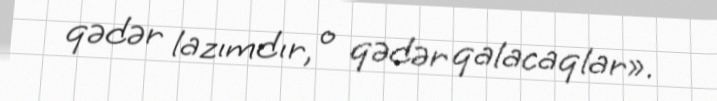
qədər lazımdır, o qədər qalacaqlar».